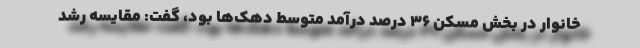
خانوار در بخش مسکن ۳۶ درصد درآمد متوسط دهک‌ها بود، گفت: مقایسه رشد